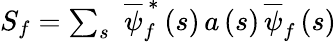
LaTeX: \begin{array}{r}{S_{f}=\sum_{s}\, \, \overline{{\psi}}_{f}^{\, \ast}\left(s\right)\, a\left(s\right)\, \overline{{\psi}}_{f}\left(s\right)}\end{array}